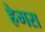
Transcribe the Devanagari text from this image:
हेमस